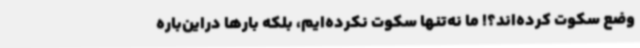
وضع سکوت کرده‌اند؟! ما نه‌تنها سکوت نکرده‌ایم، بلکه بارها دراین‌باره